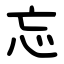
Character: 忘